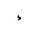
Letter: _hamza